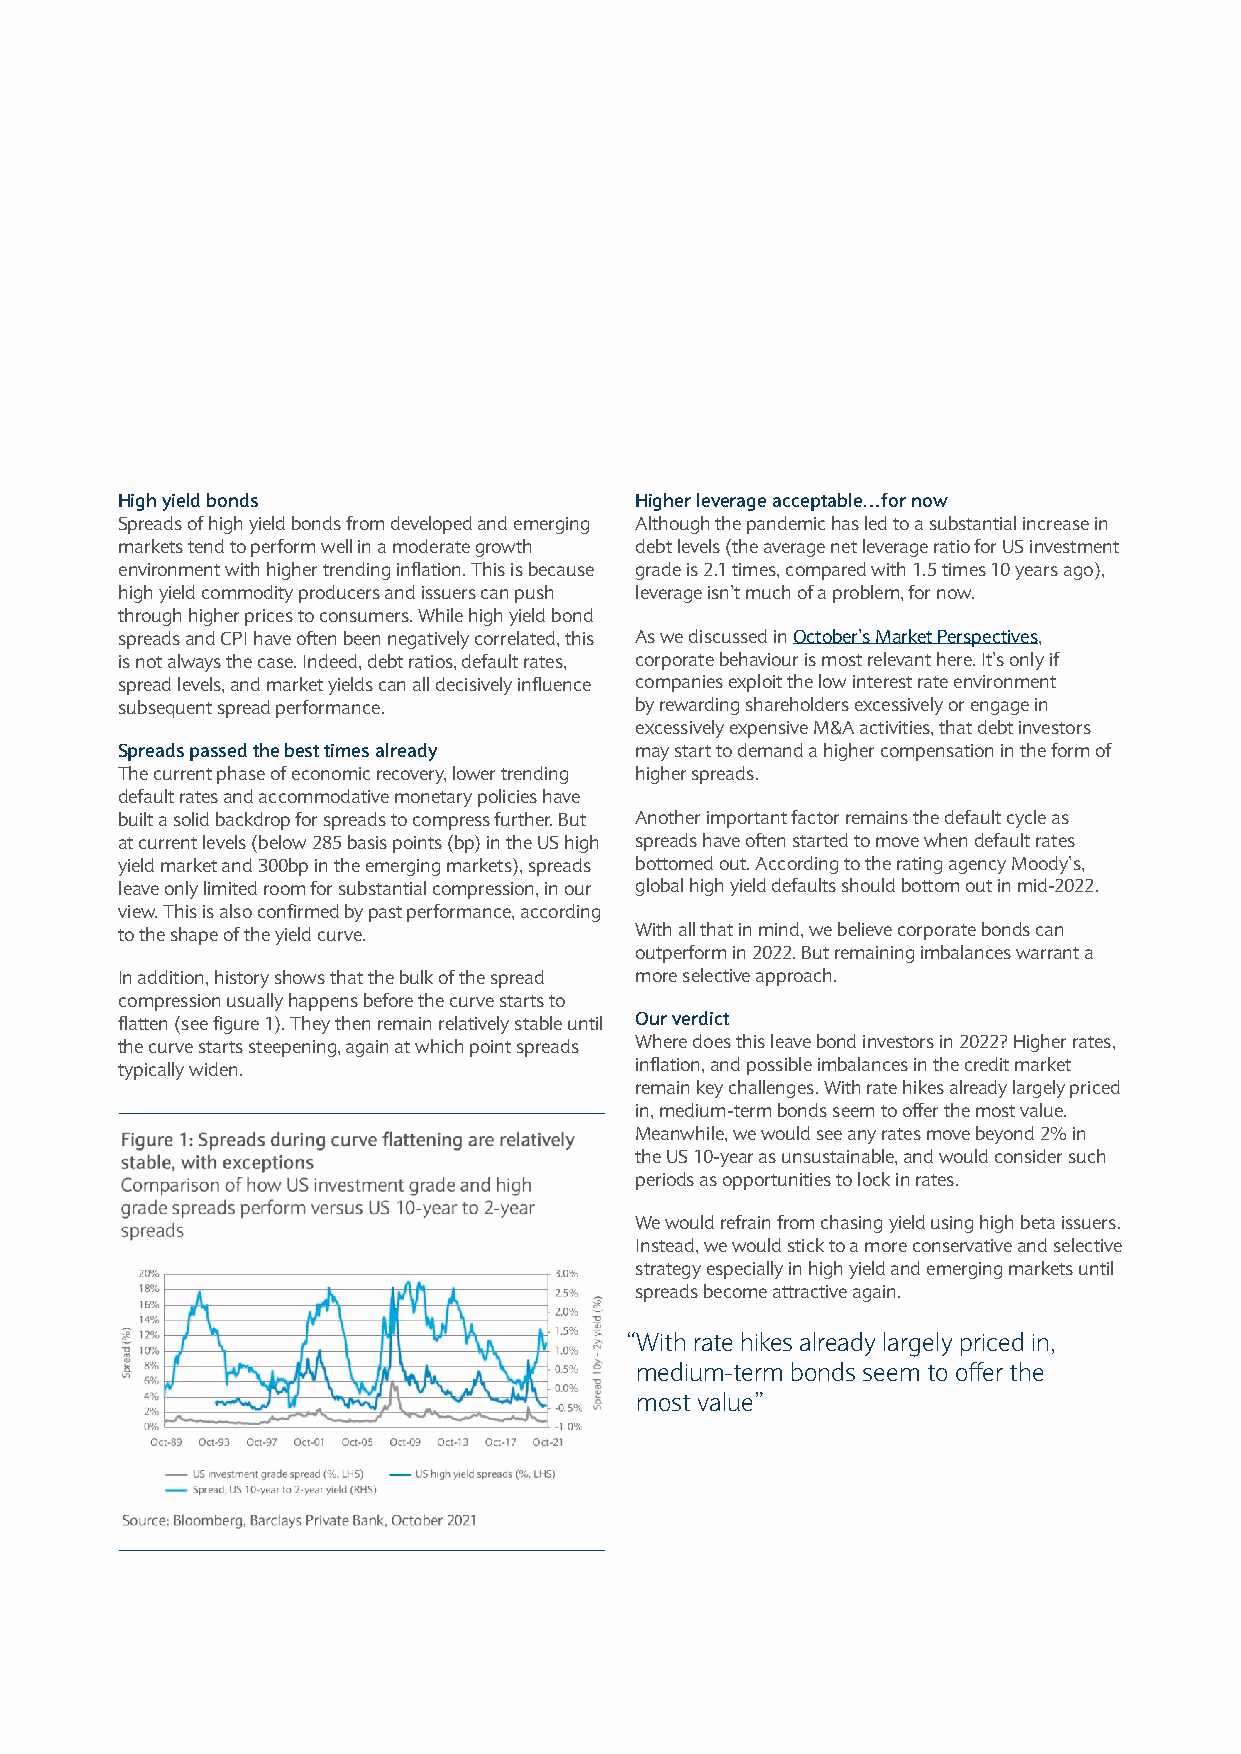
High yield bonds                  Higher leverage acceptable…for now
 Spreads of high yield bonds from developed and emerging Although the pandemic has led to a substantial increase in
 markets tend to perform well in a moderate growth debt levels (the average net leverage ratio for US investment
 environment with higher trending inflation. This is because grade is 2.1 times, compared with 1.5 times 10 years ago),
 high yield commodity producers and issuers can push leverage isn’t much of a problem, for now.
 through higher prices to consumers. While high yield bond
 spreads and CPI have often been negatively correlated, this As we discussed in October’s Market Perspectives,
 is not always the case. Indeed, debt ratios, default rates, corporate behaviour is most relevant here. It’s only if
 spread levels, and market yields can all decisively influence companies exploit the low interest rate environment
 subsequent spread performance.    by rewarding shareholders excessively or engage in
 excessively expensive M&A activities, that debt investors
 Spreads passed the best times already may start to demand a higher compensation in the form of
 The current phase of economic recovery, lower trending higherspreads.
 default rates and accommodative monetary policies have
 built a solid backdrop for spreads to compress further. But Another important factor remains the default cycle as
 at current levels (below 285 basis points (bp) in the US high spreads have often started to move when default rates
 yield market and 300bp in the emerging markets), spreads bottomed out. According to the rating agency Moody’s,
 leave only limited room for substantial compression, in our global high yield defaults should bottom out in mid-2022.
 view. This is also confirmed by past performance, according
 to the shape of the yield curve.  With all that in mind, we believe corporate bonds can
 outperform in 2022. But remaining imbalances warrant a
 In addition, history shows that the bulk of the spread more selectiveapproach.
 compression usually happens before the curve starts to
 flatten (see figure 1). They then remain relatively stable until Our verdict
 the curve starts steepening, again at which point spreads Where does this leave bond investors in 2022? Higher rates,
 typically widen.                  inflation, and possible imbalances in the credit market
 remain key challenges. With rate hikes already largely priced
 in, medium-term bonds seem to offer the most value.
 Meanwhile, we would see any rates move beyond 2% in
 the US 10-year as unsustainable, and would consider such
 periods as opportunities to lock inrates.
 We would refrain from chasing yield using high beta issuers.
 Instead, we would stick to a more conservative and selective
 strategy especially in high yield and emerging markets until
 spreads become attractiveagain.
 “With rate hikes already largely priced in,
 medium-term bonds seem to offer the
 most value”